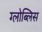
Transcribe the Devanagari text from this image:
ग्लोब्लिस